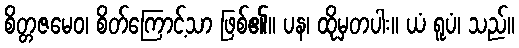
စိတ္တဇမေဝ၊ စိတ်ကြောင့်သာ ဖြစ်၏။ ပန၊ ထိုမှတပါး။ ယံ ရူပံ၊ သည်။